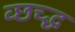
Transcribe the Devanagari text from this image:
व्छच्द्ध